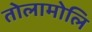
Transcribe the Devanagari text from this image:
तोलामोलि